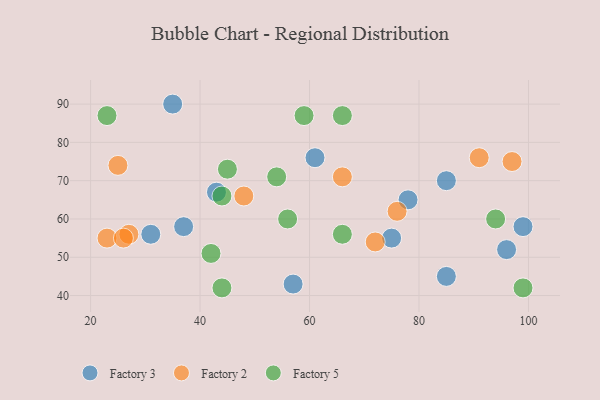
{"axis": {"x": "GDP", "y": "Life Expectancy"}, "legend": ["Factory 2", "Factory 3", "Factory 5"], "data": [{"x": "43", "y": 67, "type": "Factory 3"}, {"x": "96", "y": 52, "type": "Factory 3"}, {"x": "37", "y": 58, "type": "Factory 3"}, {"x": "99", "y": 58, "type": "Factory 3"}, {"x": "31", "y": 56, "type": "Factory 3"}, {"x": "61", "y": 76, "type": "Factory 3"}, {"x": "85", "y": 70, "type": "Factory 3"}, {"x": "78", "y": 65, "type": "Factory 3"}, {"x": "35", "y": 90, "type": "Factory 3"}, {"x": "57", "y": 43, "type": "Factory 3"}, {"x": "85", "y": 45, "type": "Factory 3"}, {"x": "75", "y": 55, "type": "Factory 3"}, {"x": "72", "y": 54, "type": "Factory 2"}, {"x": "66", "y": 71, "type": "Factory 2"}, {"x": "97", "y": 75, "type": "Factory 2"}, {"x": "91", "y": 76, "type": "Factory 2"}, {"x": "27", "y": 56, "type": "Factory 2"}, {"x": "48", "y": 66, "type": "Factory 2"}, {"x": "23", "y": 55, "type": "Factory 2"}, {"x": "25", "y": 74, "type": "Factory 2"}, {"x": "76", "y": 62, "type": "Factory 2"}, {"x": "26", "y": 55, "type": "Factory 2"}, {"x": "56", "y": 60, "type": "Factory 5"}, {"x": "66", "y": 56, "type": "Factory 5"}, {"x": "44", "y": 42, "type": "Factory 5"}, {"x": "44", "y": 66, "type": "Factory 5"}, {"x": "23", "y": 87, "type": "Factory 5"}, {"x": "54", "y": 71, "type": "Factory 5"}, {"x": "99", "y": 42, "type": "Factory 5"}, {"x": "42", "y": 51, "type": "Factory 5"}, {"x": "59", "y": 87, "type": "Factory 5"}, {"x": "94", "y": 60, "type": "Factory 5"}, {"x": "45", "y": 73, "type": "Factory 5"}, {"x": "66", "y": 87, "type": "Factory 5"}]}